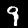
Label: 9